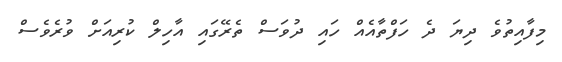
މިފާއިތުވެ ދިޔަ ދެ ހަފްތާއެއް ހައި ދުވަސް ތެރޭގައި އާހިލް ކުރިއަަށް ވުރެވެސް